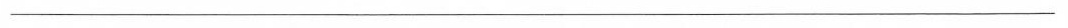
___